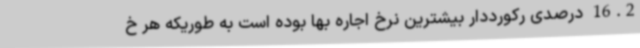
16.2 درصدی رکورددار بیشترین نرخ اجاره بها بوده است به طوریکه هر خ